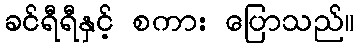
ခင်ရီရီနှင့် စကား ပြောသည်။